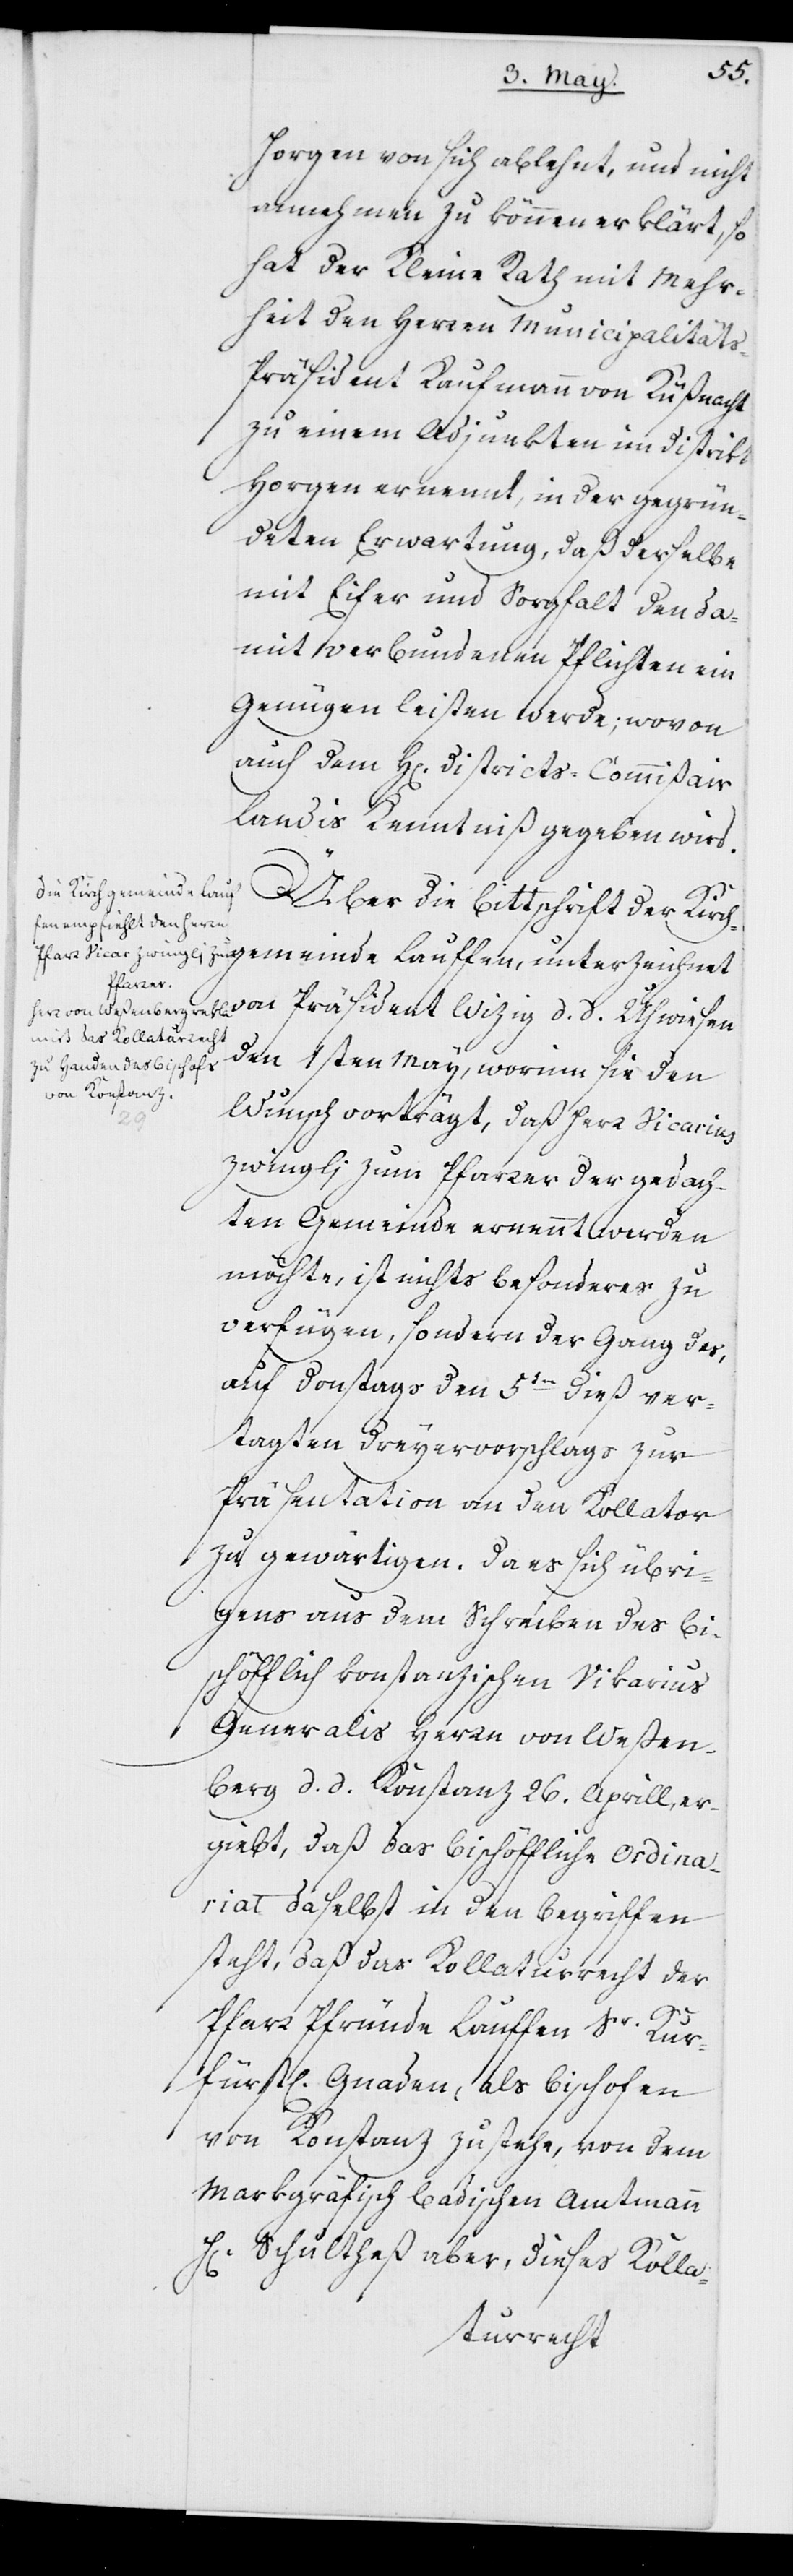
Hr¬
Horgen von sich ablehnt, und nicht
annehmen zu können erklärt, so
hat der Kleine Rath mit Mehr¬
heit den Herren Municipalität¬
s-Präsident Kaufmann von Küßnacht
zu einem Adjunkten im Distrikt
Horgen ernannt, in der gegrün¬
deten Erwartung, daß derselbe
mit Eifer und Sorgfalt den da¬
mit verbundenen Pflichten ein
Genügen leisten werde; wovon
auch dem Herrn Districts-Commißair
Landis Kenntniß gegeben wird.
Über die Bittschrift der Kirch¬
gemeinde Lauffen, unterzeichnet
vom Präsident Witzig d. d. Uhwiesen
den 1sten May, worinn sie den
Wunsch vorträgt, daß Herr Vicarius
Zwinglj zum Pfarrer der gedach¬
ten Gemeinde ernannt werden
möchte, ist nichts Besonderes zu
verfügen, sondern der Gang des,
auf Donstags den 5ten dieß ver¬
tagten Dreyervorschlags zur
Präsentation an den Kollator
zu gewärtigen. Da es sich übri¬
gens aus dem Schreiben des bi¬
schöfflich konstanzischen Vikarius
Generalis, Herrn von Weßen¬
berg d. d. Konstanz 26. Aprill, er¬
giebt, daß das bischöfliche Ordina¬
riat daselbst in den Begriffen
steht, daß das Kollaturrecht der
Pfarr Pfründe Lauffen Sr. Kur¬
fürstl. Gnaden, als Bischofen
von Konstanz zustehe, von dem
Markgräfisch Badischen Amtmann
rn. Schultheß aber, dieses Kolla-